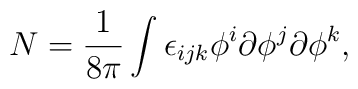
N = \frac {1}{8\pi} \int \epsilon_{ijk} \phi^{i} \partial\phi^{j} \partial \phi^{k},